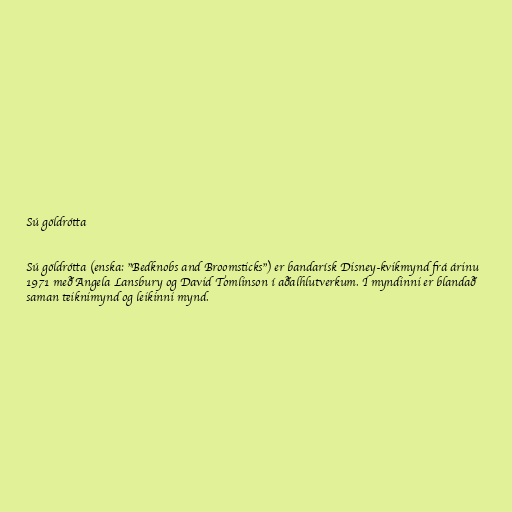
Sú göldrótta

Sú göldrótta (enska: "Bedknobs and Broomsticks") er bandarísk Disney-kvikmynd frá árinu
1971 með Angela Lansbury og David Tomlinson í aðalhlutverkum. Í myndinni er blandað
saman teiknimynd og leikinni mynd.